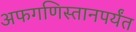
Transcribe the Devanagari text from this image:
अफगणिस्तानपर्यंत